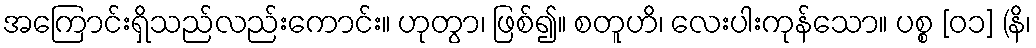
အကြောင်းရှိသည်လည်းကောင်း။ ဟုတွာ၊ ဖြစ်၍။ စတူဟိ၊ လေးပါးကုန်သော။ ပစ္စ [၀၁] (နိ၊